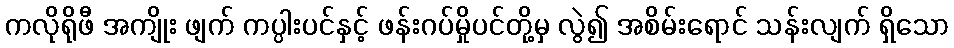
ကလိုရိုဖီ အကျိုး ဖျက် ကပ္ပါးပင်နှင့် ဖန်းဂပ်မှိုပင်တို့မှ လွဲ၍ အစိမ်းရောင် သန်းလျက် ရှိသော